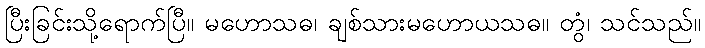
ပြီးခြင်းသို့ရောက်ပြီ။ မဟောသဓ၊ ချစ်သားမဟောယသဓ။ တွံ၊ သင်သည်။